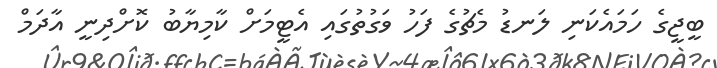
ބީޖީގެ ހަމައެކަނި ލަނޑު މެޗުގެ ފަހު ވަގުތުގައި އެޓީމަށް ކާމިޔާބު ކޮށްދިނީ އާދަމް